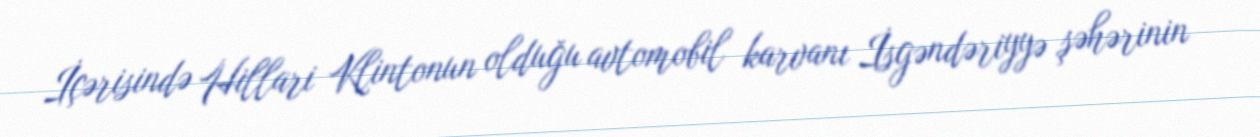
İçərisində Hillari Klintonun olduğu avtomobil karvanı İsgəndəriyyə şəhərinin